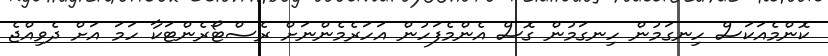
ކޮންމެއަކަސް ހިނގަމުން ހިނގަމުން ގޮސް އެންމެފަހުން އަހަރެމެންނަށް ރެސްޓޯރެންޓަކާ ހަމަ އަށް ދެވިއްޖެ